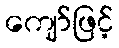
ကျော်ဖြင့်